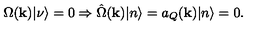
\Omega ( { \bf k } ) | \nu \rangle = 0 \Rightarrow \hat { \Omega } ( { \bf k } ) | n \rangle = a _ { Q } ( { \bf k } ) | n \rangle = 0 .